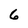
Character: 6